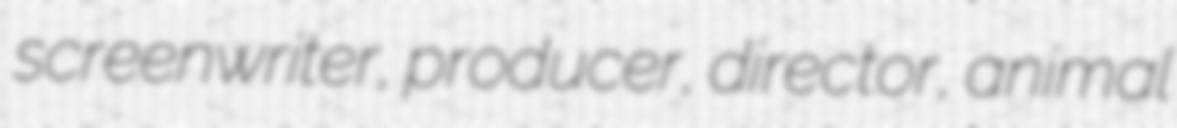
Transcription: screenwriter, producer, director, animal